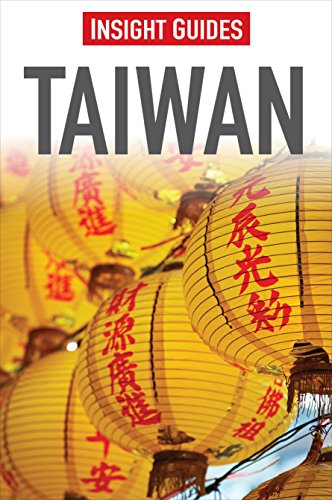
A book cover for Taiwan (Insight Guides); Insight Guides; Travel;